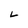
Character: L